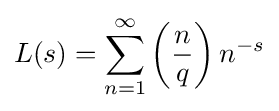
L(s)=\sum _{n=1}^{\infty }\left({\frac {n}{q}}\right)n^{-s}